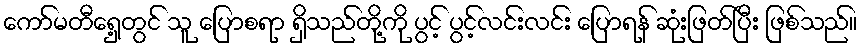
ကော်မတီရှေ့တွင် သူ ပြောစရာ ရှိသည်တို့ကို ပွင့် ပွင့်လင်းလင်း ပြောရန် ဆုံးဖြတ်ပြီး ဖြစ်သည်။